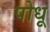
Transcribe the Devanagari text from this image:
पोधू